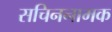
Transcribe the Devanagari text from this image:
सचिननामक